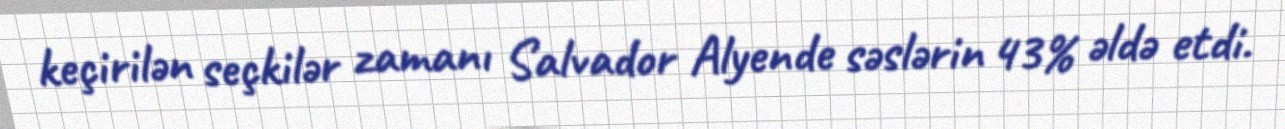
keçirilən seçkilər zamanı Salvador Alyende səslərin 43% əldə etdi.